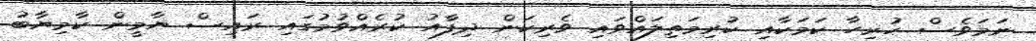
ނަމަވެސް ހުރިހާ ކަމަކާއި ކުރިމަތިލައްވައި ވެރިކަން ދިފާއު ކުރެއްވުމުގައި ރައިސް ޔާމީން ކާމިޔާބު